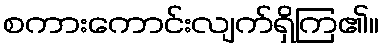
စကားကောင်းလျက်ရှိကြ၏။